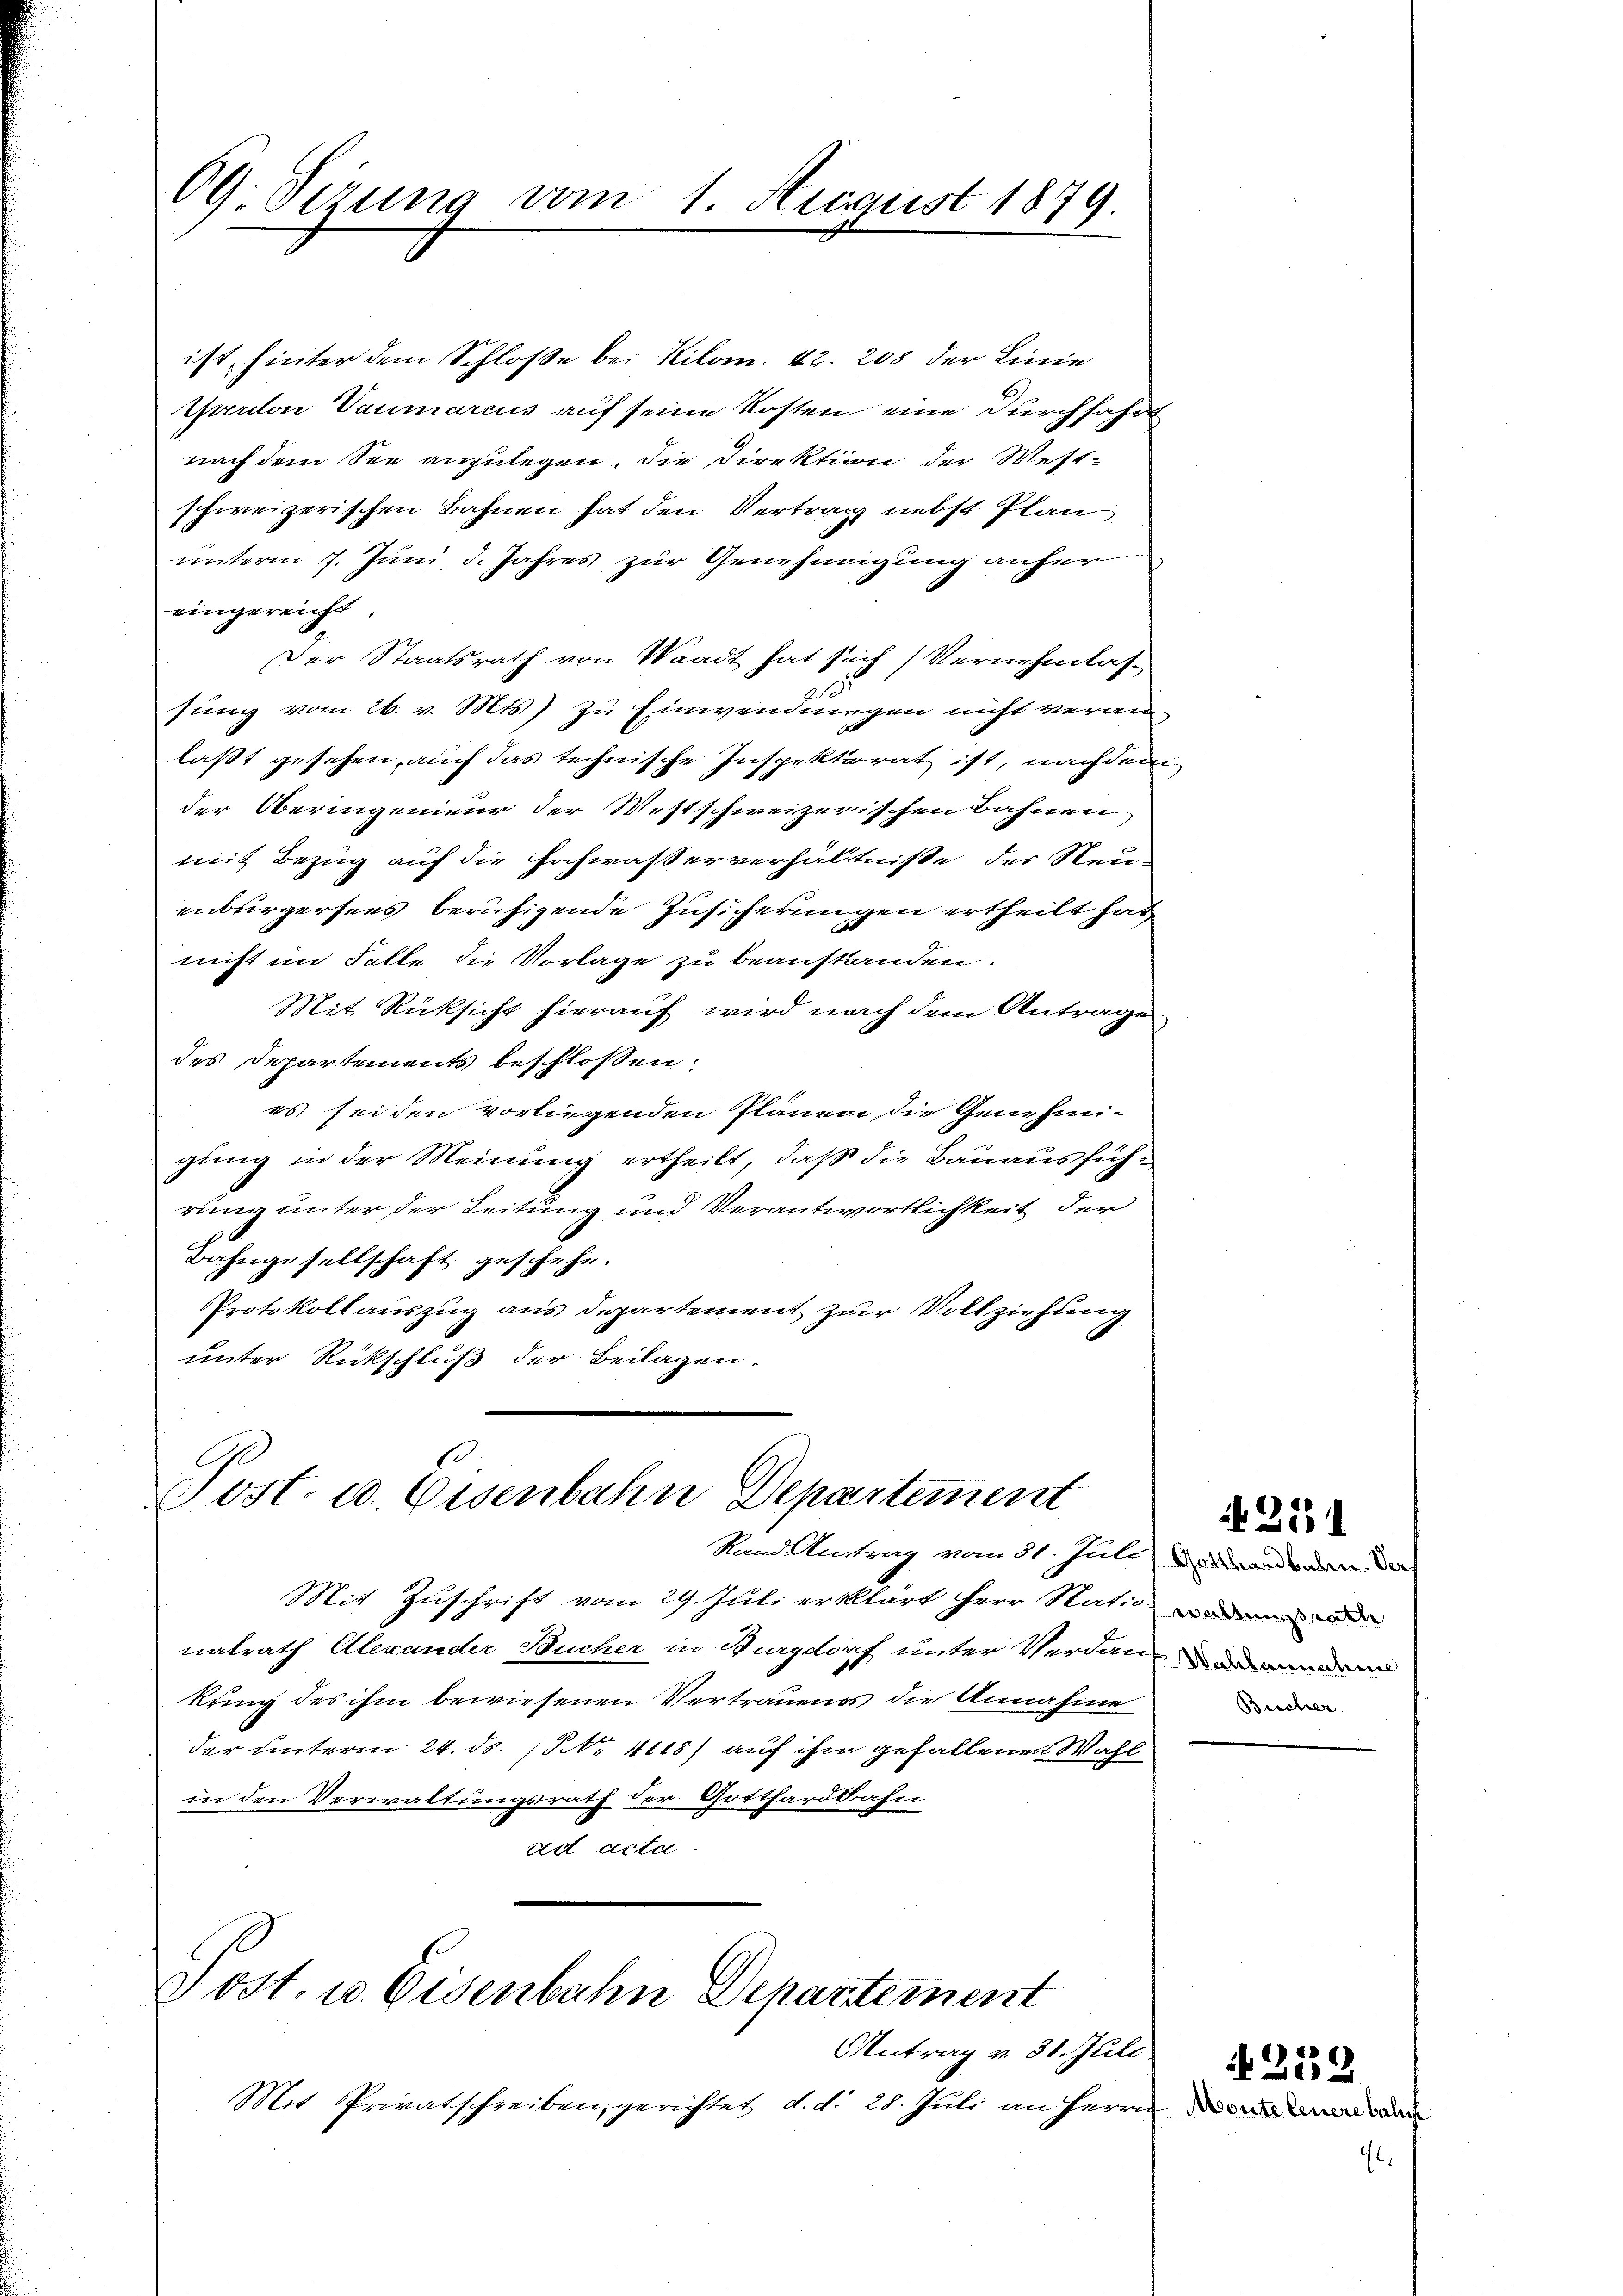
09 Sizung vom 1. August 1879.

ist, hinter dem Schloße bei Kilom. 42. 208 der Linie
Eperdon Vaumarcus auf seine Kosten eine Durchfahrt
nach dem See anzulegen, die Direktion der Westschweizerischen Bahnen hat den Vertrag nebst Plan
unterm 7. Juni d. Jahres zur Genehmigung anher
eingereicht
Der Staatsrath von Waadt hat sich Vernehmlas¬
1
sung vom 26. v. Mts) zu Einwendungen nicht veranlaßt gesehen, auch das technische Inspektorat ist, nachdem
der Oberingenieur der Westschweizerischen Bahnen
mit Bezug auf die Hochwasserverhältnisse der Steu-
enburgersees beruhigende Zusicherungen ertheilt hat
nicht im Falle die Vorlage zu beanstanden.
Mit Rücksicht hierauf wird nach dem Antrage
des Departements beschlossen:
es sei den vorliegenden Plänen die Genehmi-
gung in der Meinung ertheilt, daß die Bauausführung unter der Leitung und Verantwortlichkeit der
Bahngesellschaft geschehe.
Protokollauszug aus Departement zur Vollziehung
unter Rückschluß der Beilagen.

Post. u. Eisenbahn Departement
Stand Antrag vom 31. Juli) Gotthardbahn. Der

Mit Zuschrift vom 29. Juli erklärt Herr Nation dem
natrath Alexander Bucher in Burgdorf unter Verdankung des ihm bewiesenen Vertrauens die Annafine
der unterm 24. ds. 1. 4118) auf ihm gefallenen Wahl
in den Verwaltungsrath der Gotthardbahn
ad acta

Post. u. Eisenbahn Departement
Antrag v. 31 Juli

Mit Privatschreiben gerichtet, d. d. 28. Juli an Herrn

Brecher

425

252
f Monte feuere bal